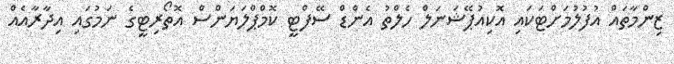
ޒިންމާތައް އުފުލުމަށްޓަކައި އޮކިއުޕޭޝަނަލް ހެލްތު އެންޑް ސޭފްޓީ ކޮމްޕްލަޔަންސް އޮތޯރިޓީގެ ނަމުގައި އިދާރާއެއް